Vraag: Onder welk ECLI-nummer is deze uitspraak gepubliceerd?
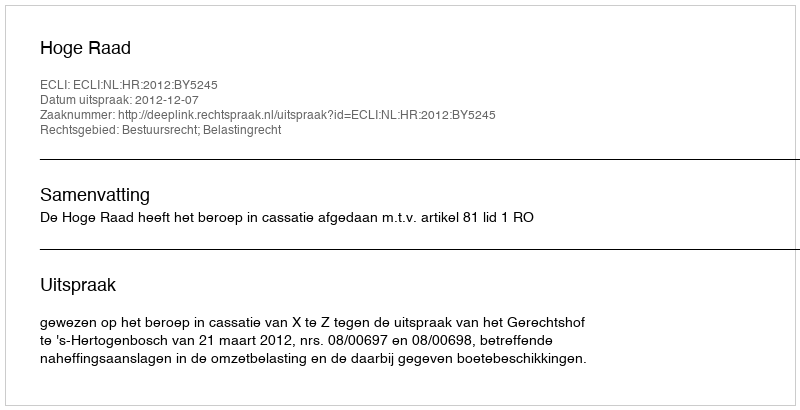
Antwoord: ECLI:NL:HR:2012:BY5245